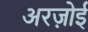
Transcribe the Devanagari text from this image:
अरज़ोई